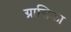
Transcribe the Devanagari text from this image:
ग्रासिका